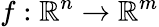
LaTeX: f:\mathbb{R}^{n}\rightarrow\mathbb{R}^{m}